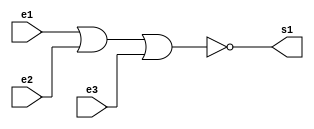
//----------------
//@autor: Rafael de Freitas Queiroz Matosinhos
//@Guia 01 - Exemplo 002
//@Matricula: 420139
//----------------

//----------------
//-- NOR GATE ---
//----------------

module norgate (s1, e1, e2, e3);
   output s1;
   input  e1, e2, e3;
   assign s1 = ~((e1|e2)|e3);
endmodule


//----------------
//-- NOR TEST ---
//----------------

module testnorgate;
reg e1, e2, e3;
wire s1;

norgate nor1 (s1, e1, e2, e3);

initial begin

$display("Guia 01 - Exemplo 02");
      $display("NOR Gate");
      e1=0; e2=0; e3=0;
  #1  $display("~(%b | %b | %b) = %b", e1, e2, e3, s1);
  		e1=0; e2=0; e3=1;
  #1  $display("~(%b | %b | %b) = %b", e1, e2, e3, s1);
  		e1=0; e2=1; e3=0;
  #1  $display("~(%b | %b | %b) = %b", e1, e2, e3, s1);
  		e1=0; e2=1; e3=1;
  #1  $display("~(%b | %b | %b) = %b", e1, e2, e3, s1);
 		e1=1; e2=0; e3=0;
  #1  $display("~(%b | %b | %b) = %b", e1, e2, e3, s1);
 		e1=1; e2=0; e3=1;
  #1  $display("~(%b | %b | %b) = %b", e1, e2, e3, s1);
  		e1=1; e2=1; e3=0;
  #1  $display("~(%b | %b | %b) = %b", e1, e2, e3, s1);
 		e1=1; e2=1; e3=1;
  #1  $display("~(%b | %b | %b) = %b", e1, e2, e3, s1);
  
end
	
endmodule

//--- TESTES -----
//---    Guia 01 - Exemplo 02
//---    NOR Gate
//---    ~(0 | 0 | 0) = 1
//---    ~(0 | 0 | 1) = 0
//---    ~(0 | 1 | 0) = 0
//---    ~(0 | 1 | 1) = 0
//---    ~(1 | 0 | 0) = 0
//---    ~(1 | 0 | 1) = 0
//---    ~(1 | 1 | 0) = 0
//---    ~(1 | 1 | 1) = 0